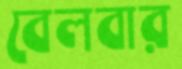
বেলবার